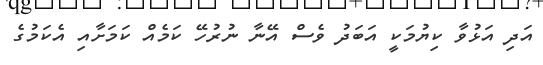
އަދި އަޅުވާ ކިޔުމަކީ އަބަދު ވެސް އޭނާ ނުރުހޭ ކަމެއް ކަމަށާއި އެކަމުގެ